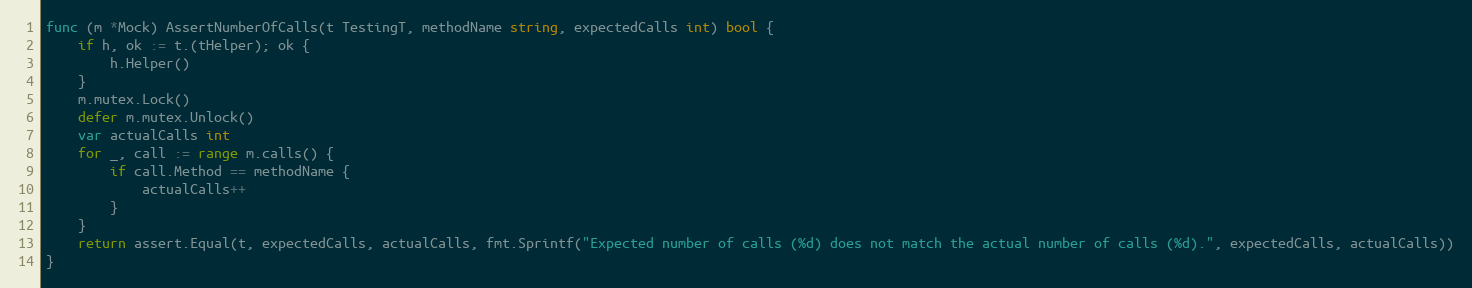
Language: Go
func (m *Mock) AssertNumberOfCalls(t TestingT, methodName string, expectedCalls int) bool {
	if h, ok := t.(tHelper); ok {
		h.Helper()
	}
	m.mutex.Lock()
	defer m.mutex.Unlock()
	var actualCalls int
	for _, call := range m.calls() {
		if call.Method == methodName {
			actualCalls++
		}
	}
	return assert.Equal(t, expectedCalls, actualCalls, fmt.Sprintf("Expected number of calls (%d) does not match the actual number of calls (%d).", expectedCalls, actualCalls))
}